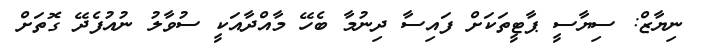
ނިޔާޒް: ސިޔާސީ ޕާޓީތަކަށް ފައިސާ ދިނުމާ ބެހޭ މާއްދާއަކީ ސުވާލު ނުއުފެދޭ ގޮތަށް